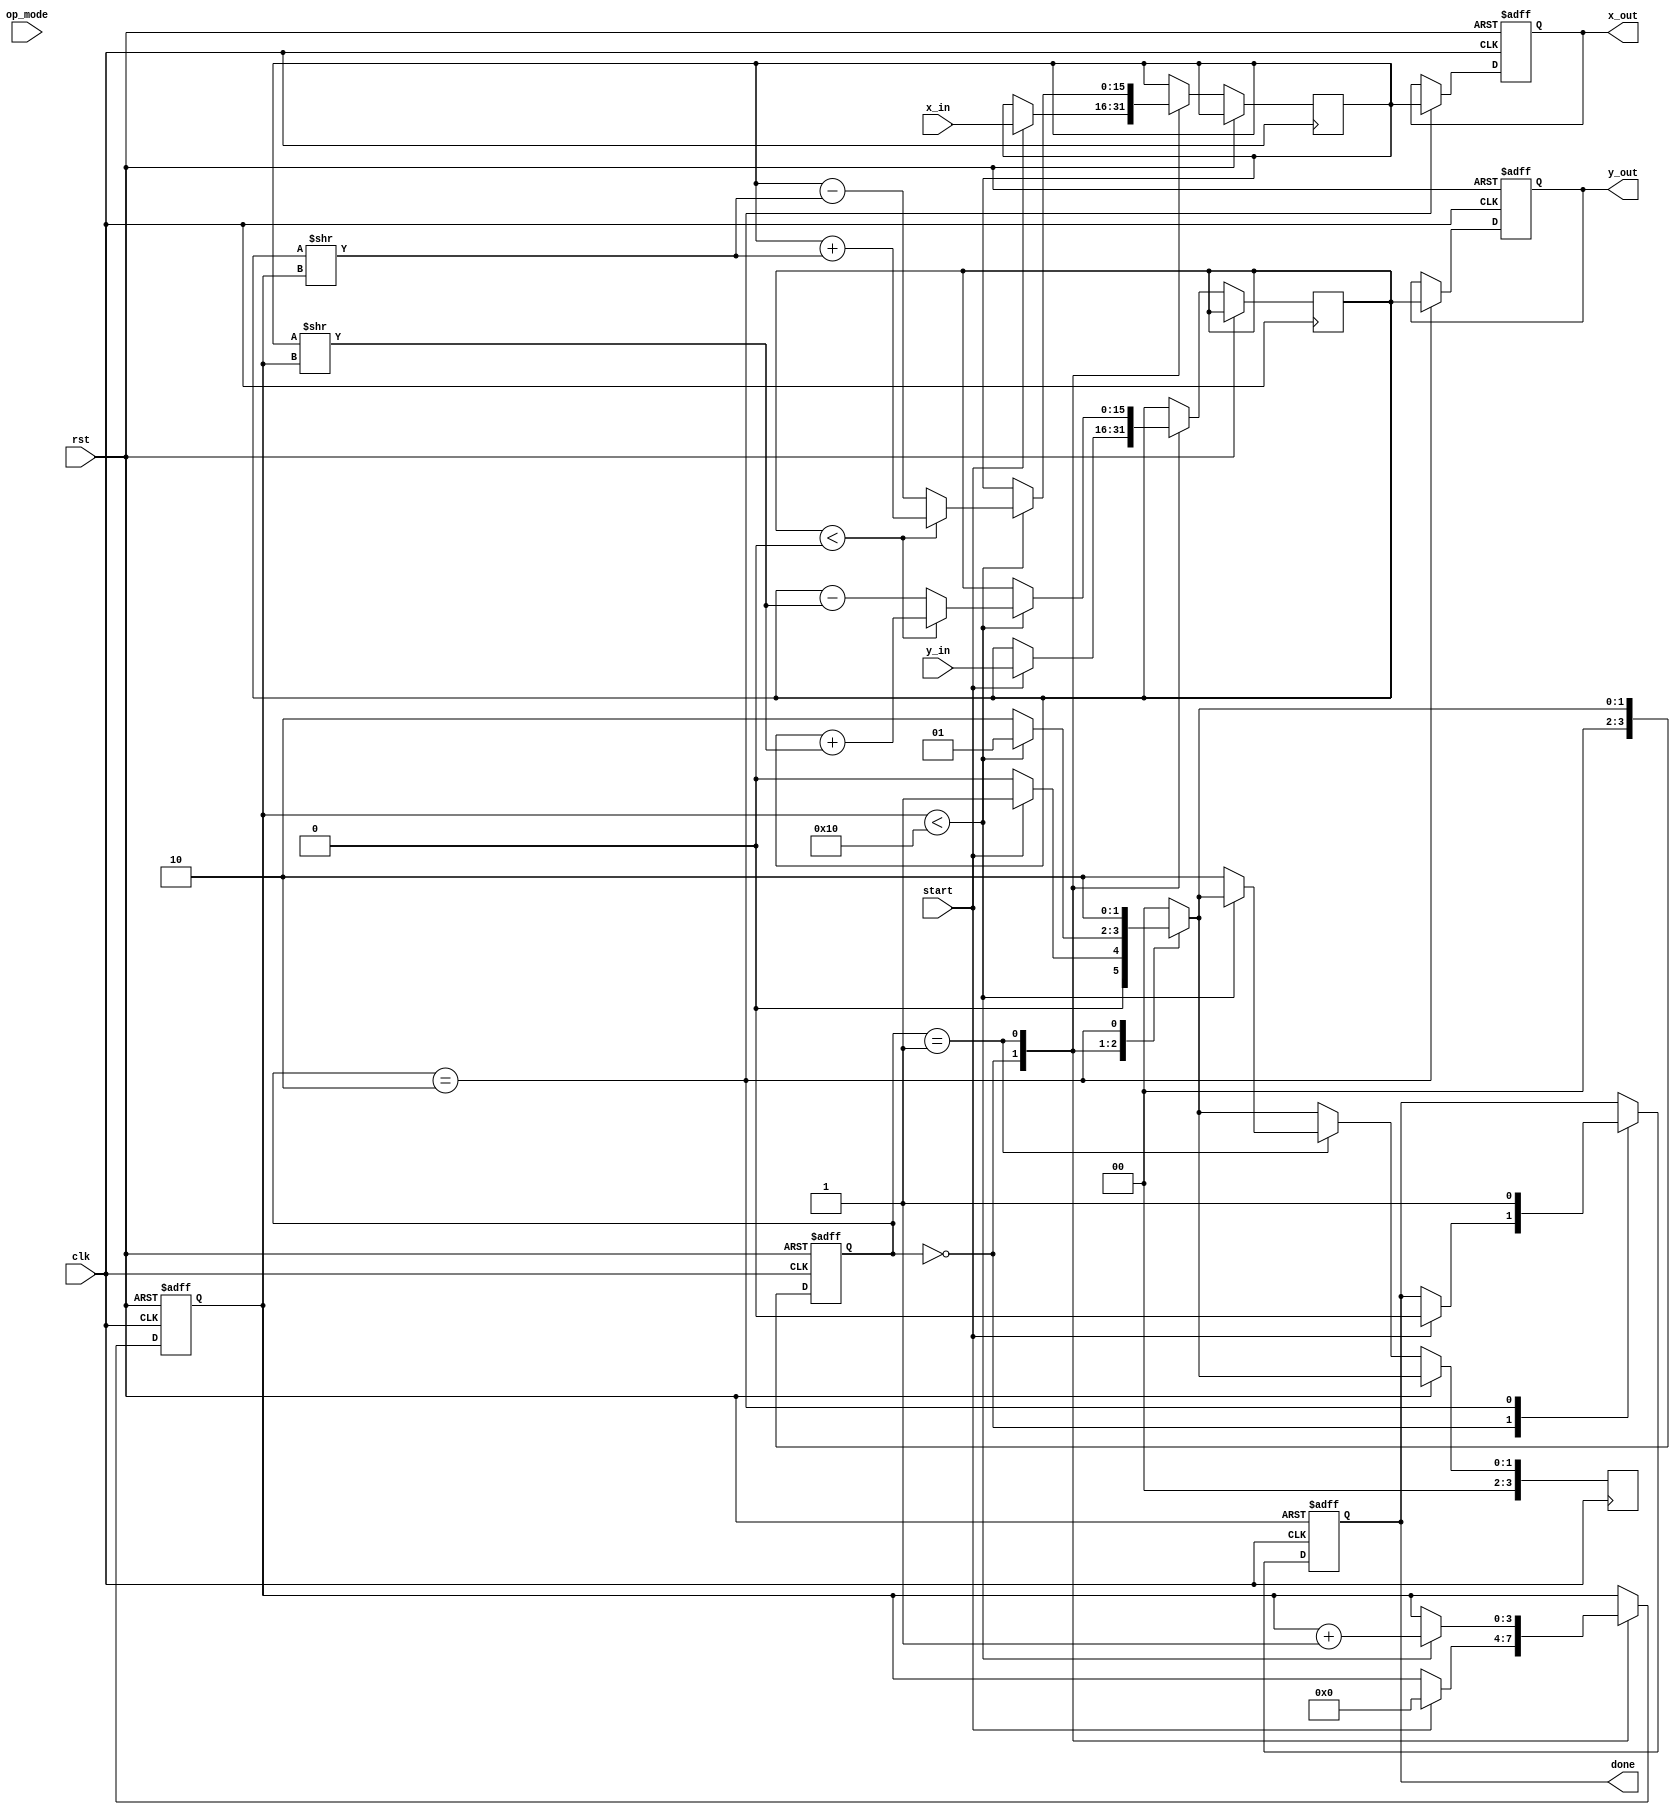
module adaptive_cordic (
    input wire clk,
    input wire rst,
    input wire start,
    input wire [15:0] x_in,           // Input x
    input wire [15:0] y_in,           // Input y
    input wire [3:0] op_mode,         // Operation mode: 0-sin, 1-cos, 2-exp, etc.
    output reg [15:0] x_out,          // Output x (cosine or magnitude)
    output reg [15:0] y_out,          // Output y (sine or phase)
    output reg done                   // Indicate completion
);

    // Parameters
    localparam MAX_ITERATIONS = 16;   // Max number of iterations
    reg [3:0] iteration;               // Current iteration
    reg [15:0] x, y, z;                // Internal variables
    reg [15:0] angle_lut [0:15];       // Angle look-up table for CORDIC
    reg [3:0] state;                   // State variable
    reg [3:0] next_state;              // Next state variable

    // State encoding
    localparam IDLE = 0,
               COMPUTE = 1,
               DONE = 2;

    // Initialize angle look-up table (arctan values)
    initial begin
        angle_lut[0] = 16'h0000; // atan(0)
        angle_lut[1] = 16'h1C71; // atan(1/2^1)
        angle_lut[2] = 16'h1A62; // atan(1/2^2)
        angle_lut[3] = 16'h186A; // atan(1/2^3)
        // ... Fill in remaining values
        angle_lut[15] = 16'h0000; // atan(1/2^15)
    end

    // FSM for controlling iterations
    always @(posedge clk or posedge rst) begin
        if (rst) begin
            state <= IDLE;
            iteration <= 0;
            done <= 0;
            x_out <= 0;
            y_out <= 0;
        end else begin
            state <= next_state;
            case (state)
                IDLE: begin
                    if (start) begin
                        x <= x_in;
                        y <= y_in;
                        z <= 0; // Initialize phase
                        iteration <= 0;
                        done <= 0;
                    end
                end
                COMPUTE: begin
                    if (iteration < MAX_ITERATIONS) begin
                        // CORDIC rotation operation
                        if (y < 0) begin
                            x <= x + (y >> iteration);
                            y <= y + (x >> iteration);
                            z <= z - angle_lut[iteration];
                        end else begin
                            x <= x - (y >> iteration);
                            y <= y - (x >> iteration);
                            z <= z + angle_lut[iteration];
                        end
                        iteration <= iteration + 1;
                    end else begin
                        next_state <= DONE;
                    end
                end
                DONE: begin
                    x_out <= x;
                    y_out <= y;
                    done <= 1;
                end
            endcase
        end
    end

    // Next state logic
    always @(*) begin
        case (state)
            IDLE: next_state = (start) ? COMPUTE : IDLE;
            COMPUTE: next_state = (iteration < MAX_ITERATIONS) ? COMPUTE : DONE;
            DONE: next_state = DONE;
            default: next_state = IDLE;
        endcase
    end

endmodule